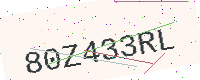
Text: 80Z433RL